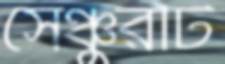
সেঞ্চুরটি